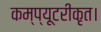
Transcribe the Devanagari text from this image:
कम्प्यूटरीकृत।